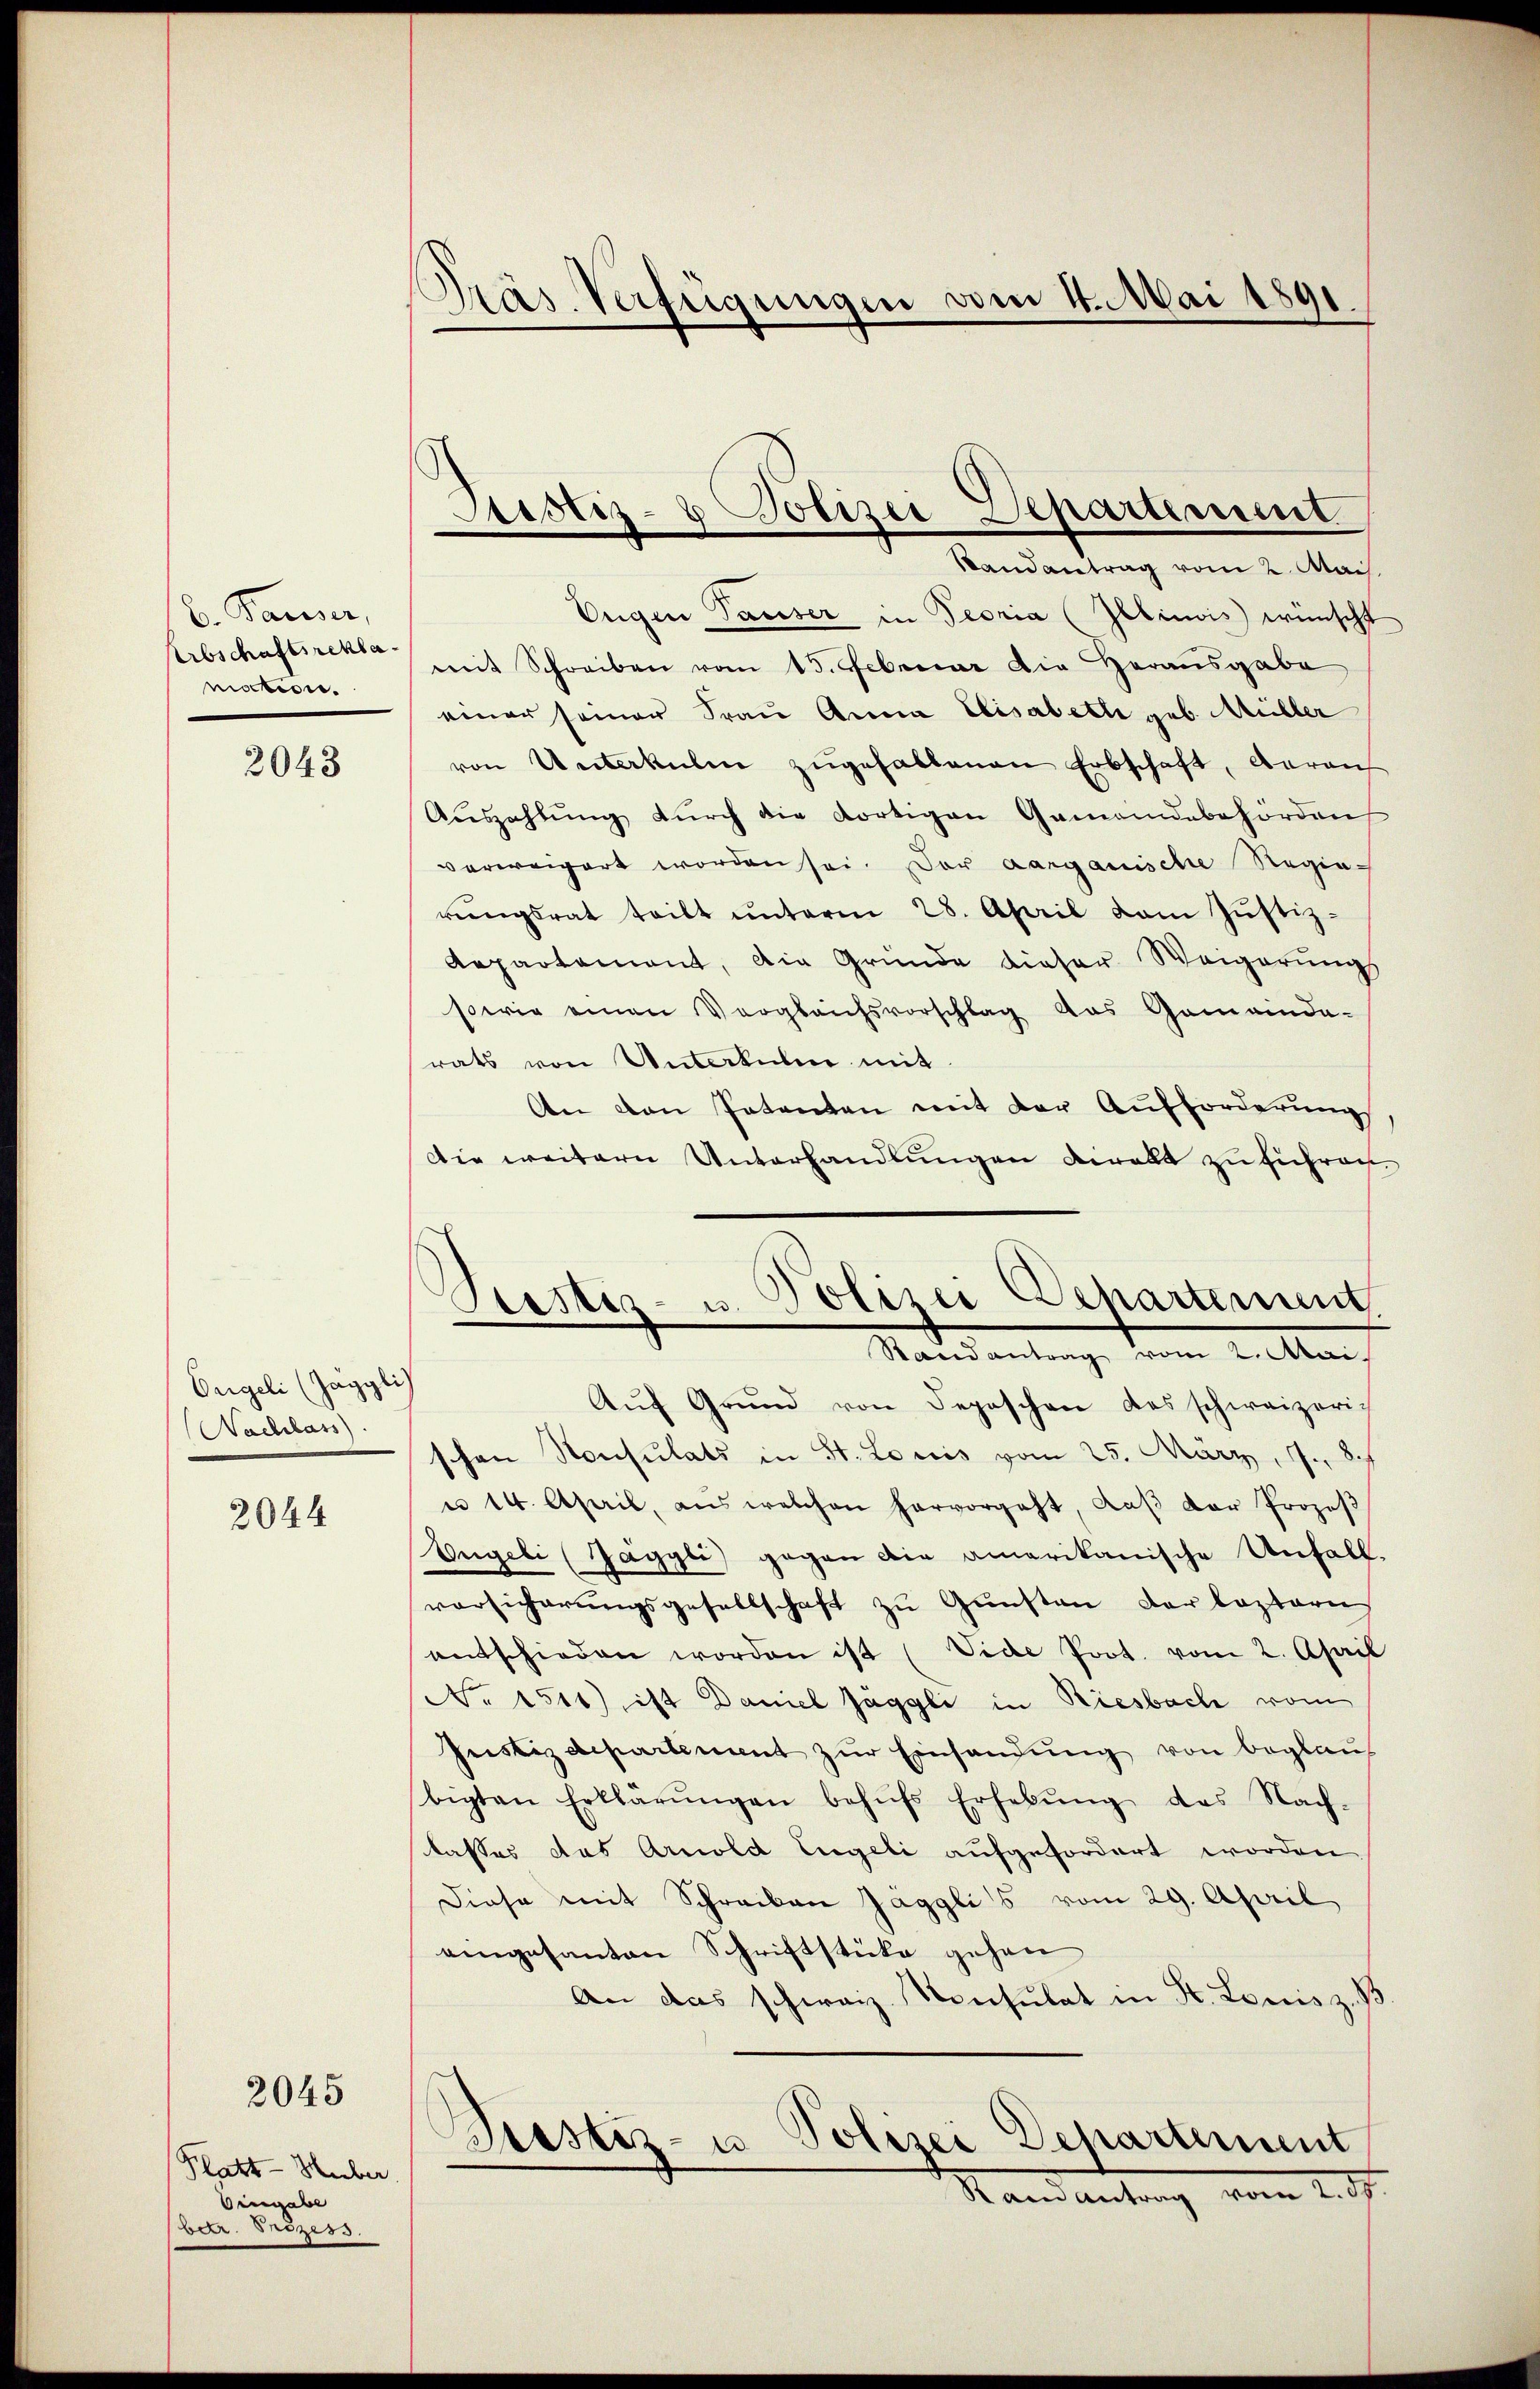
b. Pauser,
Arbschaftsreklanction.

2043

Engeli (Jäggli
Nachlass

2044

2045

Platt - Huber
Eingabe
betr. Onizess.

)
Pras. Verfügungen vom 4. Mai 1891.

Justiz- & Polizei Departement
Randantrag vom 2. Mais.

Polizei Departement
Justiz- u.
Stand antrag vom 2. Mai

Eugen Tauser in Peoria (Illinois wünscht
mit Schreiben vom 15. Februar die Herausgabe
einer seiner Frau Anna Elisabeth geb. Müller
von Unterkulen zŭgehaltenen Erbschaft, darau
Aŭszahlŭng dŭrch die dortigen Gemeindebehörden
verweigert worden sei. Der aarganische Regie-
rŭngsrat teilt ŭnterm 28. April vom Jŭstiz-
Repartement, die Gründe dieser Weigerŭngs
sowie einen Vergleichsvorschlag aus Gemeinda-
rats von Unterkulen mit
An den Patenten mit der Aufforderung
Die weitern Unterhandlungen direkt zu führen.
Auf Grund von Depeschen des schweizeri-
schon Konsulats in St. Louis vom 25. März, 17. 89
u 14. April, aus welchen hervorgeht, daβ der Prozeβ
Engeli (Jäggli) gegen die amerikanische Unfall.
vorsicherungsgesellschaft zu Gunsten der leztern
entschieden worden ist (Vide Prot. vom 2. April
No. 1511) ist Daniel Jäggli in Riesbach vom
Justizdepartement zur Einsandung von beglauf
bigten Erklärŭngen behŭfs Erhebŭng des Nach-
lasses das Arnold Engeli aufgefordert worden
Diese mit Schreiben Jaggli's vom 29. April
eingesanten Schriftstücke gehen
An das schweiz. Konsulat in Kt. Louis z. B
)
Bustiz- u Polizei Departement
Rand antrag vom 2. ds.